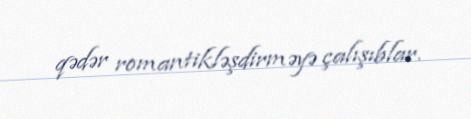
qədər romantikləşdirməyə çalışıblar.